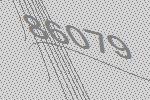
86079